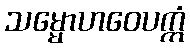
သမ္မောဟဝေပက္ကံ